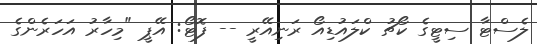
ލެސްޓާ ސިޓީގެ ކޯޗު ކްލައުޑިއޯ ރަނިއޭރީ -- ފޮޓޯ: އޭޕީ "މިހާރު އަހަރެންގެ